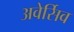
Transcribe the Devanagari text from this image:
अवेर्सिव